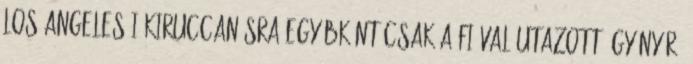
Los Angeles-i kiruccanásra egyébként csak a fiával utazott, gyönyörű